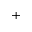
^ { + }